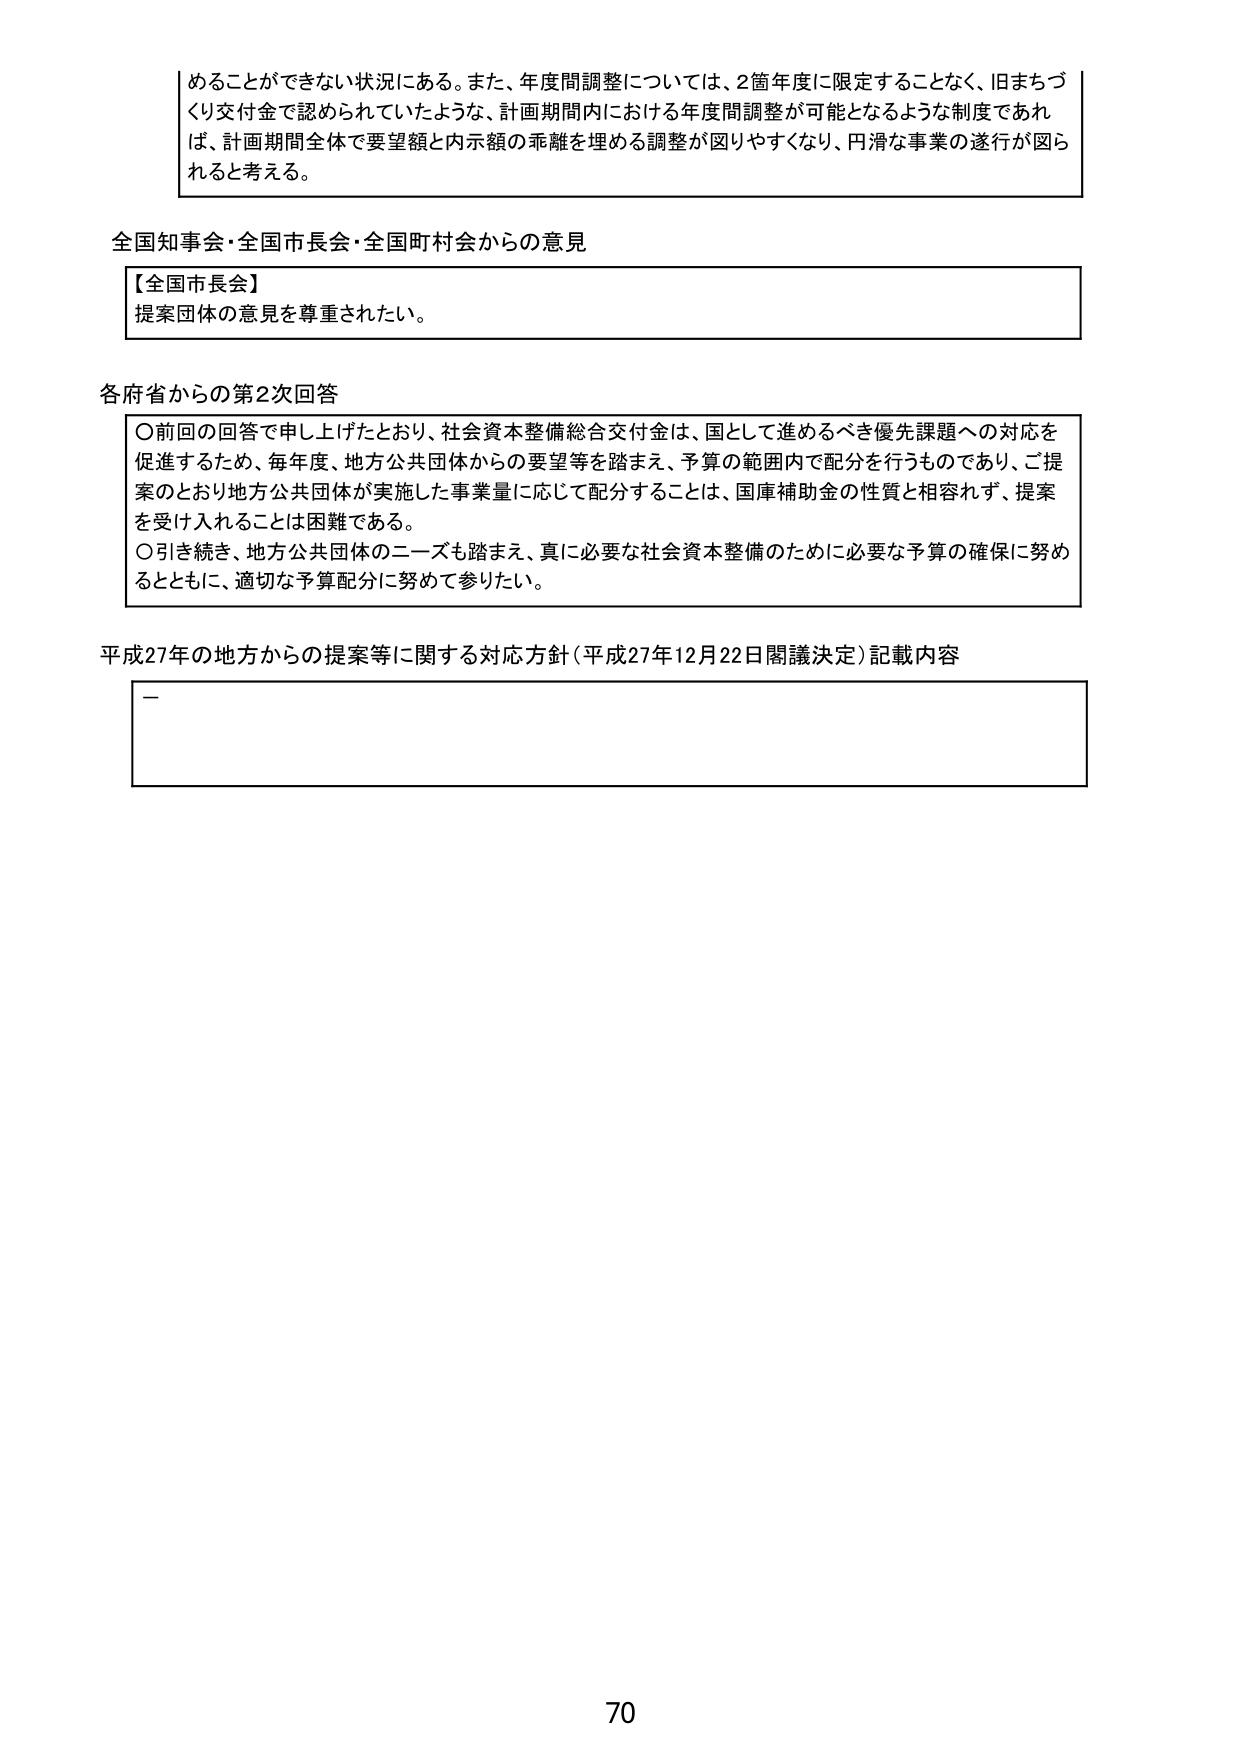
めることができない状況にある。また、年度間調整については、2箇年度に限定することなく、旧まちづくり交付金で認められていたような、計画期間内における年度間調整が可能となるような制度であれば、計画期間全体で要望額と内示額の乖離を埋める調整が図りやすくなり、円滑な事業の遂行が図られると考える。

全国知事会・全国市長会・全国町村会からの意見

【全国市長会】
提案団体の意見を尊重されたい。

各府省からの第2次回答

〇前回の回答で申し上げたとおり、社会資本整備総合交付金は、国として進めるべき優先課題への対応を促進するため、毎年度、地方公共団体からの要望等を踏まえ、予算の範囲内で配分を行うものであり、ご提案のとおり地方公共団体が実施した事業量に応じて配分することは、国庫補助金の性質と相容れず、提案を受け入れることは困難である。
〇引き続き、地方公共団体のニーズも踏まえ、真に必要な社会資本整備のために必要な予算の確保に努めるとともに、適切な予算配分に努めて参りたい。

平成27年の地方からの提案等に関する対応方針（平成27年12月22日閣議決定）記載内容

—

70